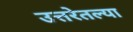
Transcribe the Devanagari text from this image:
उत्तरेतल्या